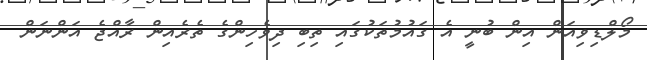
މޯލްޑިވިއަން އިން ބުނީ އެ ގައުމުތަކުގައި ތިބި ދިވެހިންގެ ތެރެއިން ރާއްޖެ އަންނަން